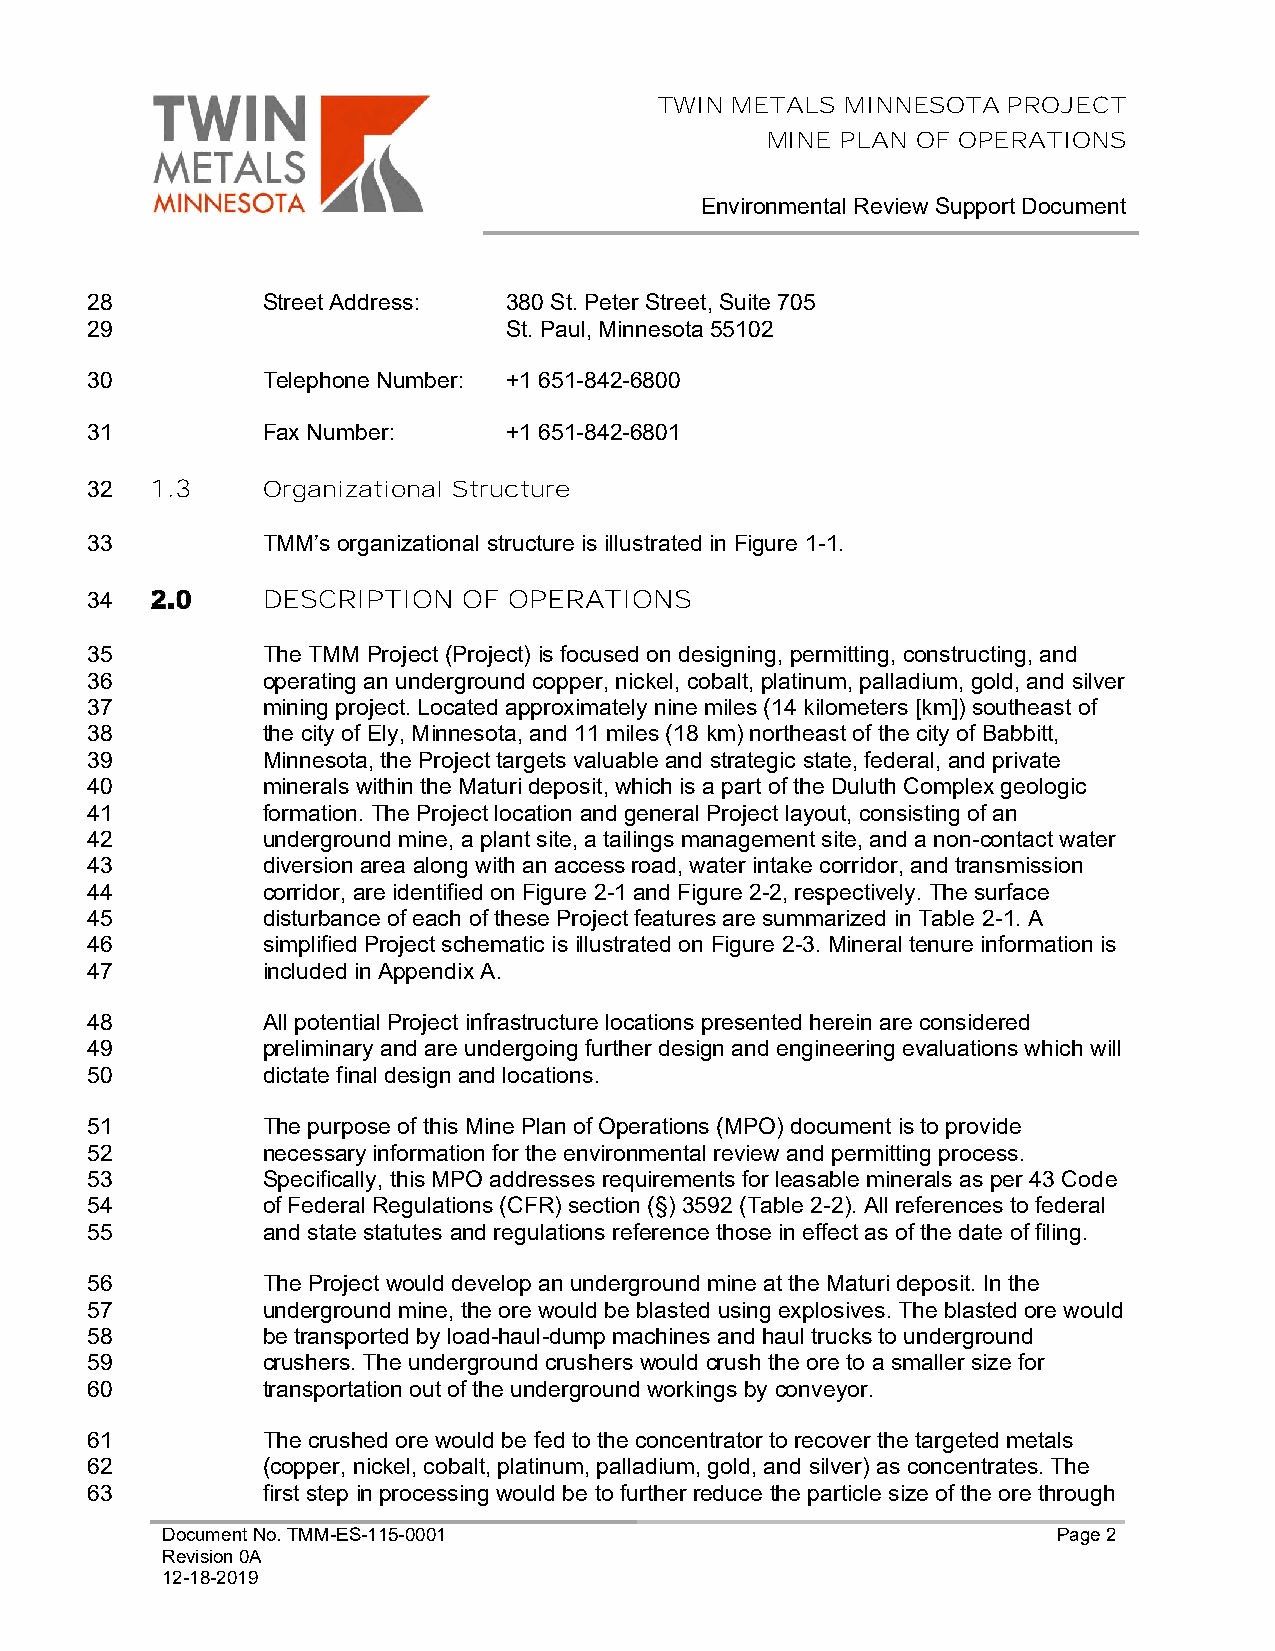
TWIN METALS MINNESOTA  PROJECT
 MINE PLAN OF OPERATIONS
 Environmental Review Support Document
 28         Street Address: 380 St. Peter Street, Suite 705
 29                         St. Paul, Minnesota 55102
 30         Telephone Number: +1 651-842-6800
 31         Fax Number:     +1 651-842-6801
 32  1.3    Organizational Structure
 33         TMM’s organizational structure is illustrated in Figure 1-1.
 34         DESCRIPTION   OF OPERATIONS
 35         The TMM Project (Project) is focused on designing, permitting, constructing, and
 36         operating an underground copper, nickel, cobalt, platinum, palladium, gold, and silver
 37         mining project. Located approximately nine miles (14 kilometers [km]) southeast of
 38         the city of Ely, Minnesota, and 11 miles (18 km) northeast of the city of Babbitt,
 39         Minnesota, the Project targets valuable and strategic state, federal, and private
 40         minerals within the Maturi deposit, which is a part of the Duluth Complex geologic
 41         formation. The Project location and general Project layout, consisting of an
 42         underground mine, a plant site, a tailings management site, and a non-contact water
 43         diversion area along with an access road, water intake corridor, and transmission
 44         corridor, are identified on Figure 2-1 and Figure 2-2, respectively. The surface
 45         disturbance of each of these Project features are summarized in Table 2-1. A
 46         simplified Project schematic is illustrated on Figure 2-3. Mineral tenure information is
 47         included in Appendix A.
 48         All potential Project infrastructure locations presented herein are considered
 49         preliminary and are undergoing further design and engineering evaluations which will
 50         dictate final design and locations.
 51         The purpose of this Mine Plan of Operations (MPO) document is to provide
 52         necessary information for the environmental review and permitting process.
 53         Specifically, this MPO addresses requirements for leasable minerals as per 43 Code
 54         of Federal Regulations (CFR) section (§) 3592 (Table 2-2). All references to federal
 55         and state statutes and regulations reference those in effect as of the date of filing.
 56         The Project would develop an underground mine at the Maturi deposit. In the
 57         underground mine, the ore would be blasted using explosives. The blasted ore would
 58         be transported by load-haul-dump machines and haul trucks to underground
 59         crushers. The underground crushers would crush the ore to a smaller size for
 60         transportation out of the underground workings by conveyor.
 61         The crushed ore would be fed to the concentrator to recover the targeted metals
 62         (copper, nickel, cobalt, platinum, palladium, gold, and silver) as concentrates. The
 63         first step in processing would be to further reduce the particle size of the ore through
 Document No. TMM-ES-115-0001                               Page 2
 Revision 0A
 12-18-2019